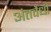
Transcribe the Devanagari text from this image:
अंतर्वेधी